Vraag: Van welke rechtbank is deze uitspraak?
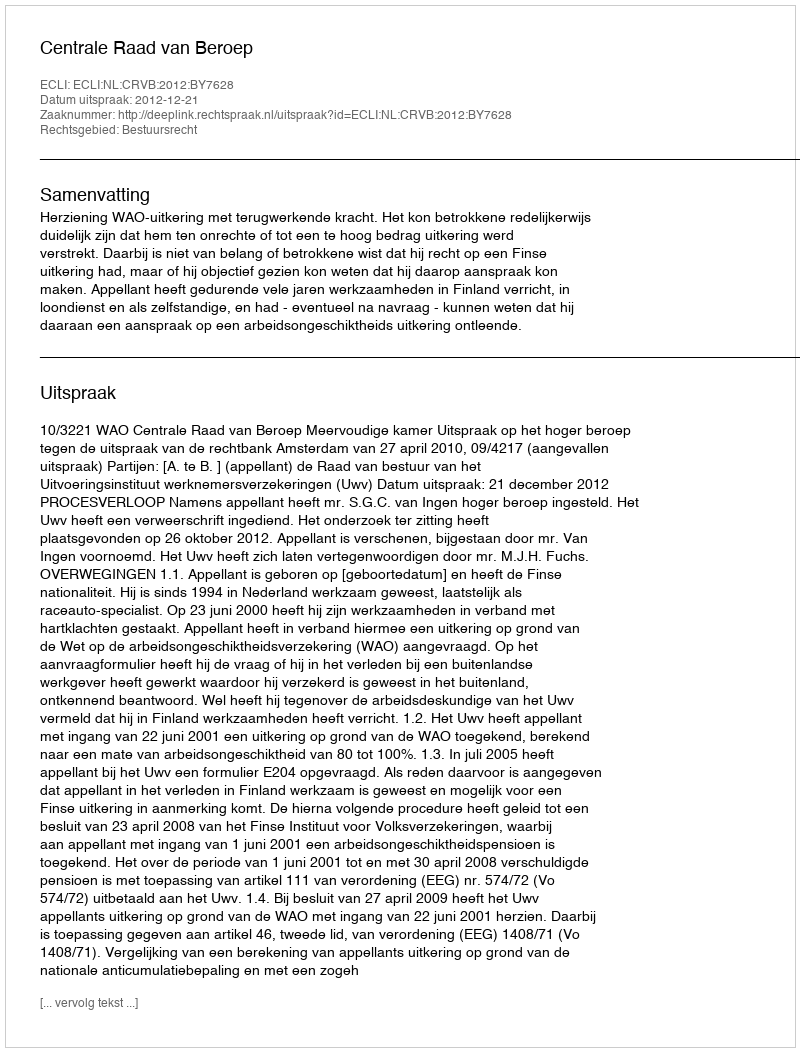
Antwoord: Centrale Raad van Beroep